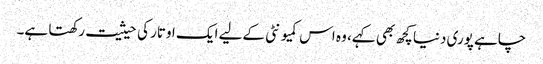
چاہے پوری دنیا کچھ بھی کہے، وہ اس کمیو نٹی کےلیے ایک اوتار کی حیثیت رکھتا ہے۔